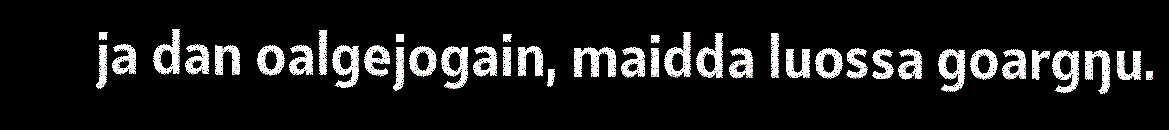
ja dan oalgejogain, maidda luossa goargŋu.